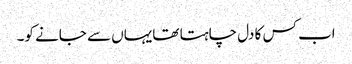
اب کس کا دل چاہتا تھایہاں سے جانے کو۔